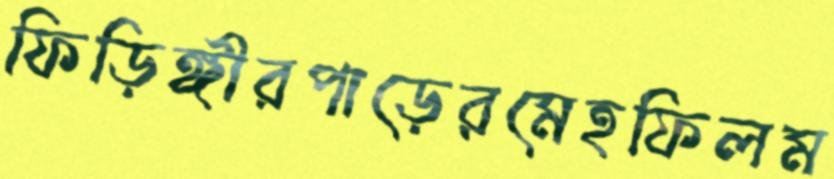
ফিড়িঙ্গীরপাড়েরমেহফিলম